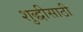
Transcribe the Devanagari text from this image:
शुद्धीसाठी